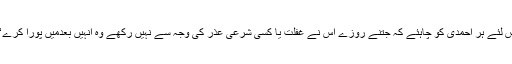
اس لئے ہر احمدی کو چاہئے کہ جتنے روزے اس نے غفلت یا کسی شرعی عذر کی وجہ سے نہیں رکھے وہ انہیں بعدمیں پورا کرے‘‘۔